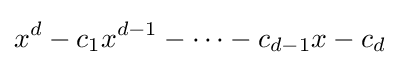
x^{d}-c_{1}x^{d-1}-\dots -c_{d-1}x-c_{d}